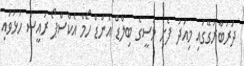
ދަރުބާރުގޭގައި މިއަދު ފެށި މަސީގެ ބިލްޑް އެންޑް ހޯމް އެކްސްޕޯ ރައީސް ހުޅުވައި